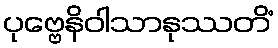
ပုဗ္ဗေနိဝါသာနုဿတိံ